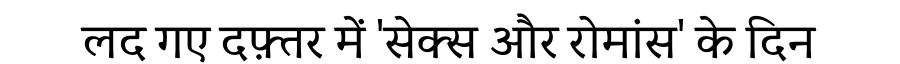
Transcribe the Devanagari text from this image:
लद गए दफ़्तर में 'सेक्स और रोमांस' के दिन